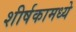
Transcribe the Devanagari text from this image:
शीर्षकामध्ये